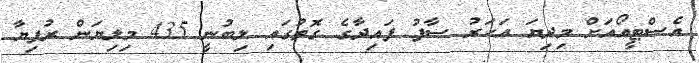
އެސްޓީއޯއަށް މިދިޔަ އަހަރު ސާފު ފައިދާގެ ގޮތުގައި ލިބުނީ 435 މިލިޔަން ރުފިޔާ